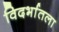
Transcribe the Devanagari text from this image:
विदर्भातला